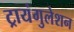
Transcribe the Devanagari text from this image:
ट्रायंगुलेशन